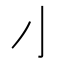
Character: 𰍧